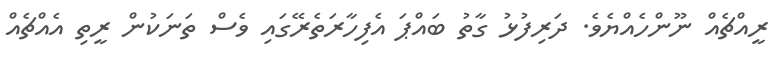
ރީއްޗެއް ނޫންހެއްޔެވެ. ދަރިފުޅު ގާތު ބައްޕަ އެފިހާރަތެރޭގައި ވެސް ތަނަކުން ރީތި އެއްޗެއް